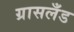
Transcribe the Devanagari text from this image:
ग्रासलँड